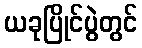
ယခုပြိုင်ပွဲတွင်